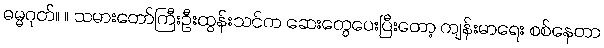
ဓမ္မဂုတ်။ ။ သမားတော်ကြီးဦးထွန်းသင်က ဆေးတွေပေးပြီးတော့ ကျန်းမာရေး စစ်နေတာ